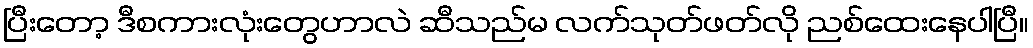
ပြီးတော့ ဒီစကားလုံးတွေဟာလဲ ဆီသည်မ လက်သုတ်ဖတ်လို ညစ်ထေးနေပါပြီ။